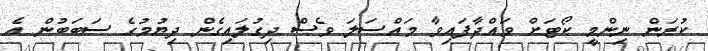
ކުރަން ނިންމީ ކޯޓަށް ވައްދާފައިވާ މައްސަލަ ވެސް ދިގުލައިގެން ދިޔުމުގެ ސަބަބުން އެ